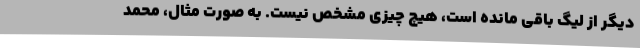
دیگر از لیگ باقی مانده است، هیچ چیزی مشخص نیست. به صورت مثال، محمد